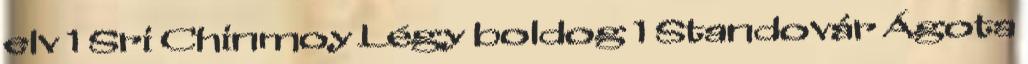
elv 1 Sri Chinmoy Légy boldog 1 Standovár Ágota